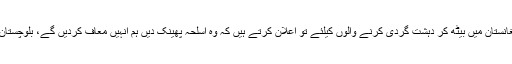
انہوں نے کہ ہمیں ریاست سے بھی شکوہ ہے ، آرمی چیف افغانستان میں بیٹھ کر دہشت گردی کرنے والوں کیلئے تو اعلان کرتے ہیں کہ وہ اسلحہ پھینک دیں ہم انہیں معاف کردیں گے، بلوچستان میں اسلحہ پھینکنے والے فراریوں کو پیسے دیئے جاتے ہیں۔